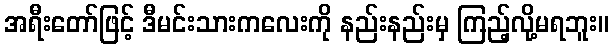
အရီးတော်ဖြင့် ဒီမင်းသားကလေးကို နည်းနည်းမှ ကြည့်လို့မရဘူး။